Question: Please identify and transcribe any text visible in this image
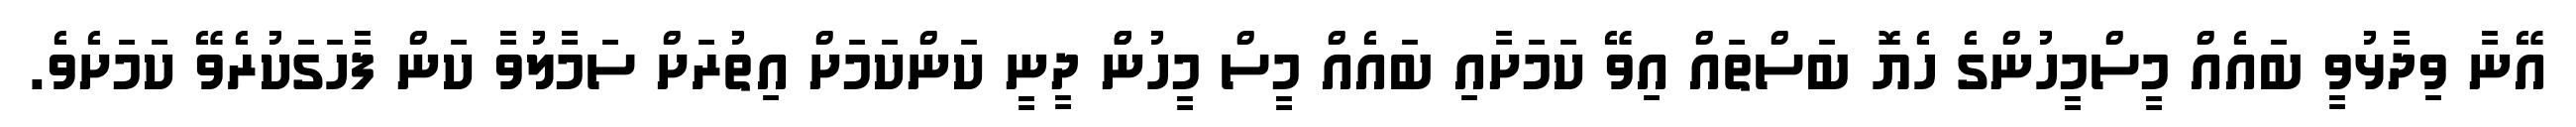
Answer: އޭނާ ވިދާޅުވީ ބައެއް މީސްމީހުންގެ ހެޔޮ ބަސްތައް އިވޭ ކަމަށާއި ބައެއް މީސް މީހުންް ދީނީ ކަންކަމަށް އިތުރަށް ސަމާލުވާ ކަން ފާހަގަކުރެވޭ ކަމަށެވެ.